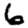
Digit: 6